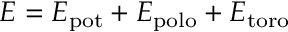
E = E _ { \mathrm { p o t } } + E _ { \mathrm { p o l o } } + E _ { \mathrm { t o r o } }